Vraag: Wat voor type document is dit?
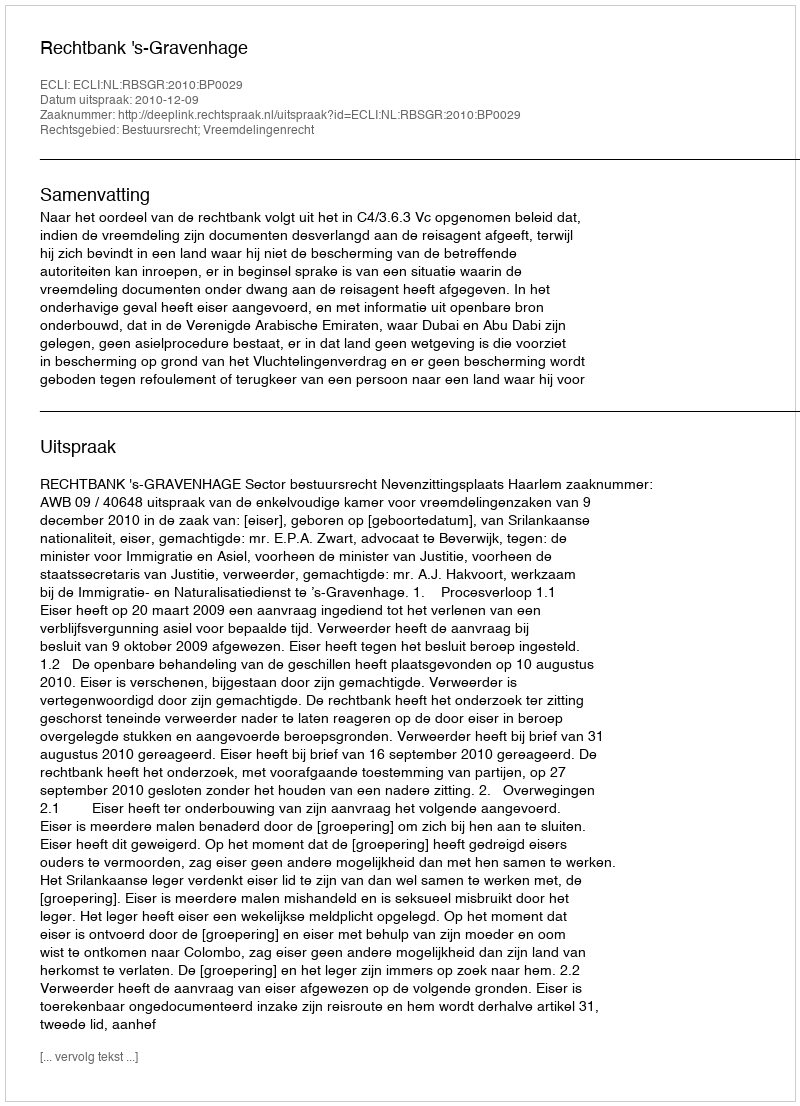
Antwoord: Uitspraak